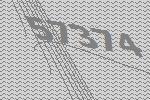
57374